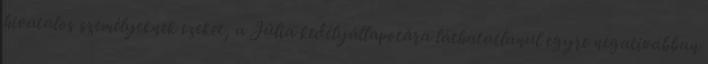
hivatalos személyeknek ezeket, a Júlia kedélyállapotára láthatatlanul egyre negatívabban